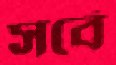
সর্বে